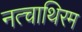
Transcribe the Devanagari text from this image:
नत्चाथिरम